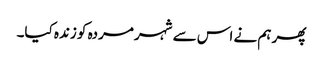
پھر ہم نے اس سے شہر مردہ کو زندہ کیا۔